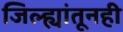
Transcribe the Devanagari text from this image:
जिल्ह्यांतूनही